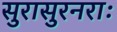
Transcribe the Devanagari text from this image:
सुरासुरनराः